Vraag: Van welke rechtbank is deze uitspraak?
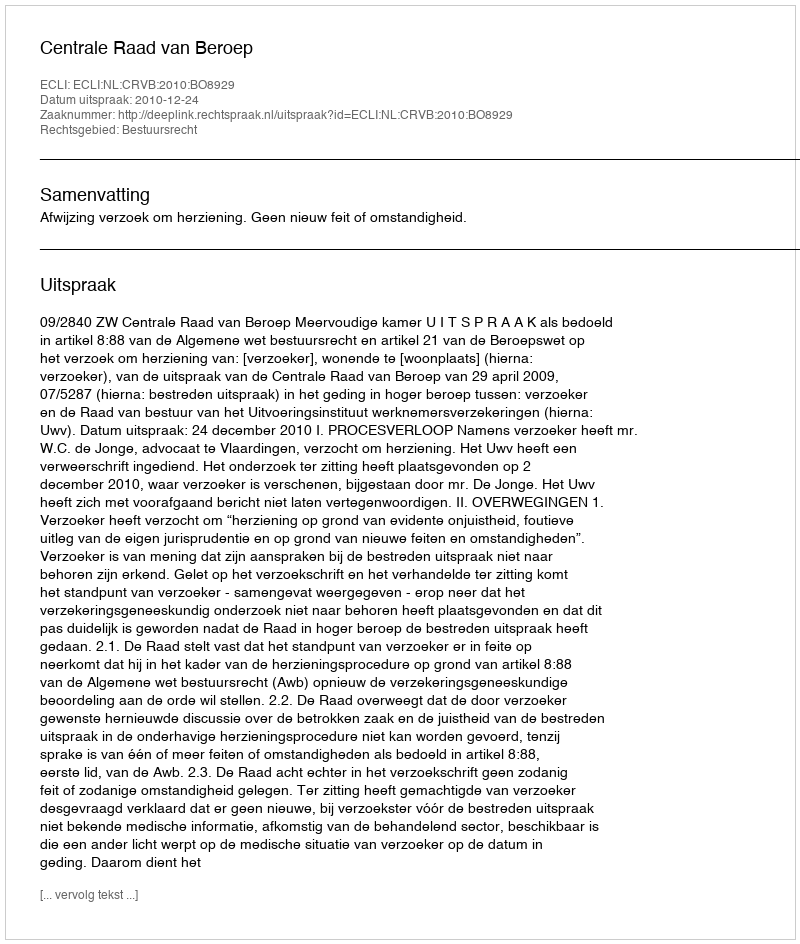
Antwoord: Centrale Raad van Beroep